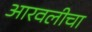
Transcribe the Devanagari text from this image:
आरवलीचा